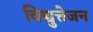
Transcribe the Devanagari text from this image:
विद्युत्तेजन